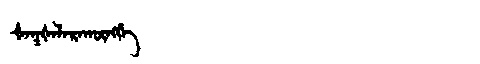
Manchu: ᡧᠠᡴᡧᠠᠯᠠᡵᠠᡴᡡᠩᡤᡝ
Romanization: ŠAKŠALARAKŪNGGE